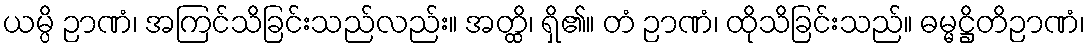
ယမ္ပိ ဉာဏံ၊ အကြင်သိခြင်းသည်လည်း။ အတ္ထိ၊ ရှိ၏။ တံ ဉာဏံ၊ ထိုသိခြင်းသည်။ ဓမ္မဋ္ဌိတိဉာဏံ၊